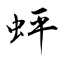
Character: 蚲